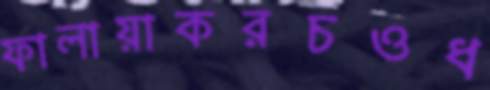
ফালায়াকরচওধ